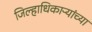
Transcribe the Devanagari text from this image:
जिल्हाधिकाऱ्यांच्या